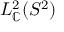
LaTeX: L _ { \mathbb { C } } ^ { 2 } ( S ^ { 2 } )